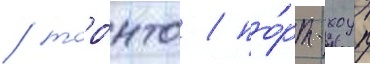
/ торо́нто / по́рт-хоуп